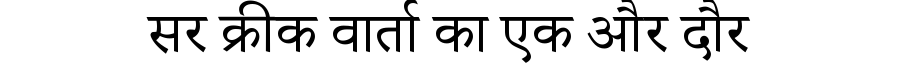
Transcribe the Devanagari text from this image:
सर क्रीक वार्ता का एक और दौर